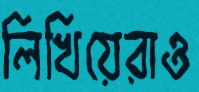
লিখিয়েরাও